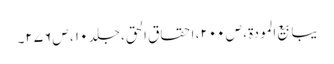
یبابیع المودۃ ، ص ۲۰۰، احقاق الحق، جلد ۱۰ ، ص ۲۷۶۔